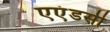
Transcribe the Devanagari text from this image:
एएंडसी